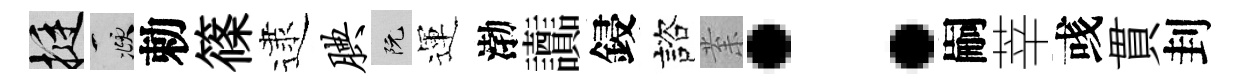
挺頫勅篠逮腆阮運渤讟鋟諮𭪙：嗣莘彧貫刲